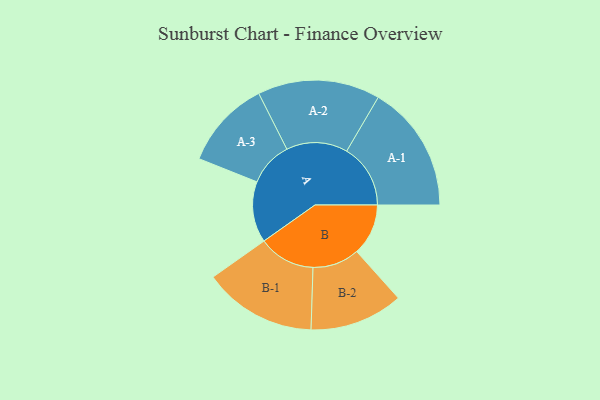
{"axis": {"x": "Segment", "y": "Value"}, "legend": ["", "A", "B"], "data": [{"x": "A", "y": 283, "type": ""}, {"x": "B", "y": 239, "type": ""}, {"x": "A-1", "y": 296, "type": "A"}, {"x": "A-2", "y": 284, "type": "A"}, {"x": "A-3", "y": 206, "type": "A"}, {"x": "B-1", "y": 263, "type": "B"}, {"x": "B-2", "y": 217, "type": "B"}]}